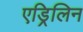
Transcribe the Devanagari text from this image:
एड्रिलिन